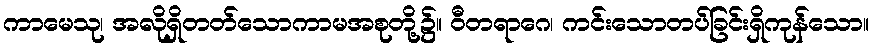
ကာမေသု၊ အလိုရှိတတ်သောကာမအစုတို့၌။ ဝီတရာဂေ၊ ကင်းသောတပ်ခြင်းရှိကုန်သော။